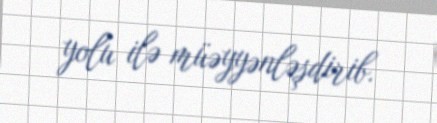
yolu ilə müəyyənləşdirib.